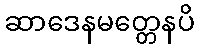
ဆာဒေနမတ္တေနပိ